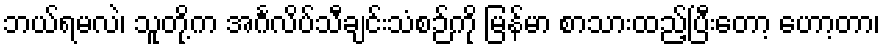
ဘယ်ရမလဲ၊ သူတို့က အင်္ဂလိပ်သီချင်းသံစဉ်ကို မြန်မာ စာသားထည့်ပြီးတော့ ဟော့တာ၊